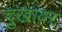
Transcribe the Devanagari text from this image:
दुखांवर